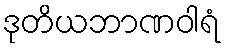
ဒုတိယဘာဏဝါရံ